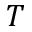
T